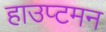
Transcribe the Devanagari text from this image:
हाउप्टमन